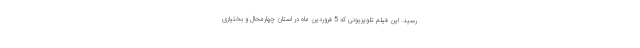
رسید. این فیلم تلویزیونی که 5 فروردین ماه در استان چهارمحال و بختیاری